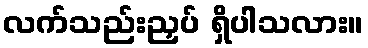
လက်သည်းညှပ် ရှိပါသလား။